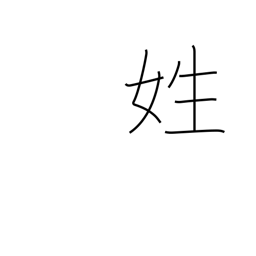
Meaning: surname